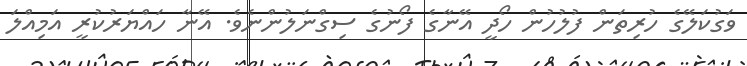
ވަގުކަލޭގެ ހުރިތަން ފުލުހުން ހޯދީ އޭނާގެ ފޯނުގެ ސިގްނަލުންނެވެ. އޭނާ ހައްޔަރުކުރީ އަމިއްލަ